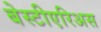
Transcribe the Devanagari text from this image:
बेस्टीएरिअस